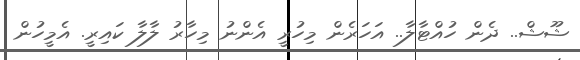
ޝޫޝް.. ދެން ހުއްޓާލާ.. އަހަރެން މިހުރީ އެންނު މިހާރު ލާލާ ކައިރީ. އެމީހުން